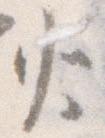
火